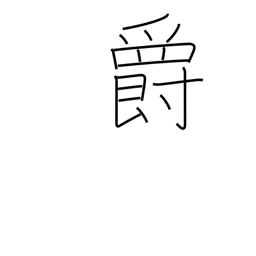
Meaning: baron